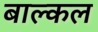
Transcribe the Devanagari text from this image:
बाल्कल